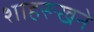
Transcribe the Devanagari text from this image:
शाहरूखने